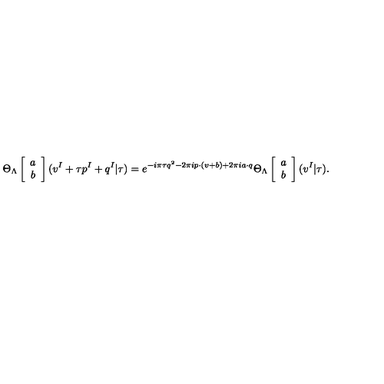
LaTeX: \Theta _ { \Lambda } \left[ \begin{array} { c } { a } \\ { b } \\ \end{array} \right] ( v ^ { I } + \tau p ^ { I } + q ^ { I } | \tau ) = e ^ { - i \pi \tau q ^ { 2 } - 2 \pi i p \cdot ( v + b ) + 2 \pi i a \cdot q } \Theta _ { \Lambda } \left[ \begin{array} { c } { a } \\ { b } \\ \end{array} \right] ( v ^ { I } | \tau ) .